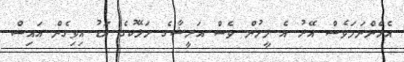
އެހެންނަމަވެސް އޭރު އެ މީހުން ވެސް އަރީޝާގެ ހަޅޭކުގެ އަޑު އިވިގެން އައިސް